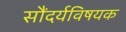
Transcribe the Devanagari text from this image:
सौंदर्यविषयक